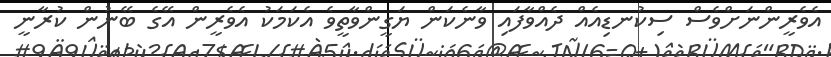
އެވެރީންނަށްވެސް ސިކުނޑިއެއް ދެއްވާފައި ވާނެކަން ޔަގީންވާތީވެ އެކަމަކު އެވެރީން އޭގެ ބޭނުން ކުރާނީ